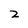
Character: 2